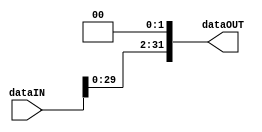
module ShiftLeft2_32(dataIN,dataOUT);
	input [31:0] dataIN;
	output reg [31:0] dataOUT;
	
	always@(dataIN)
	begin
		dataOUT[31:2] <= dataIN[29:0];
		dataOUT[1:0] <= 2'b00;
	end
endmodule